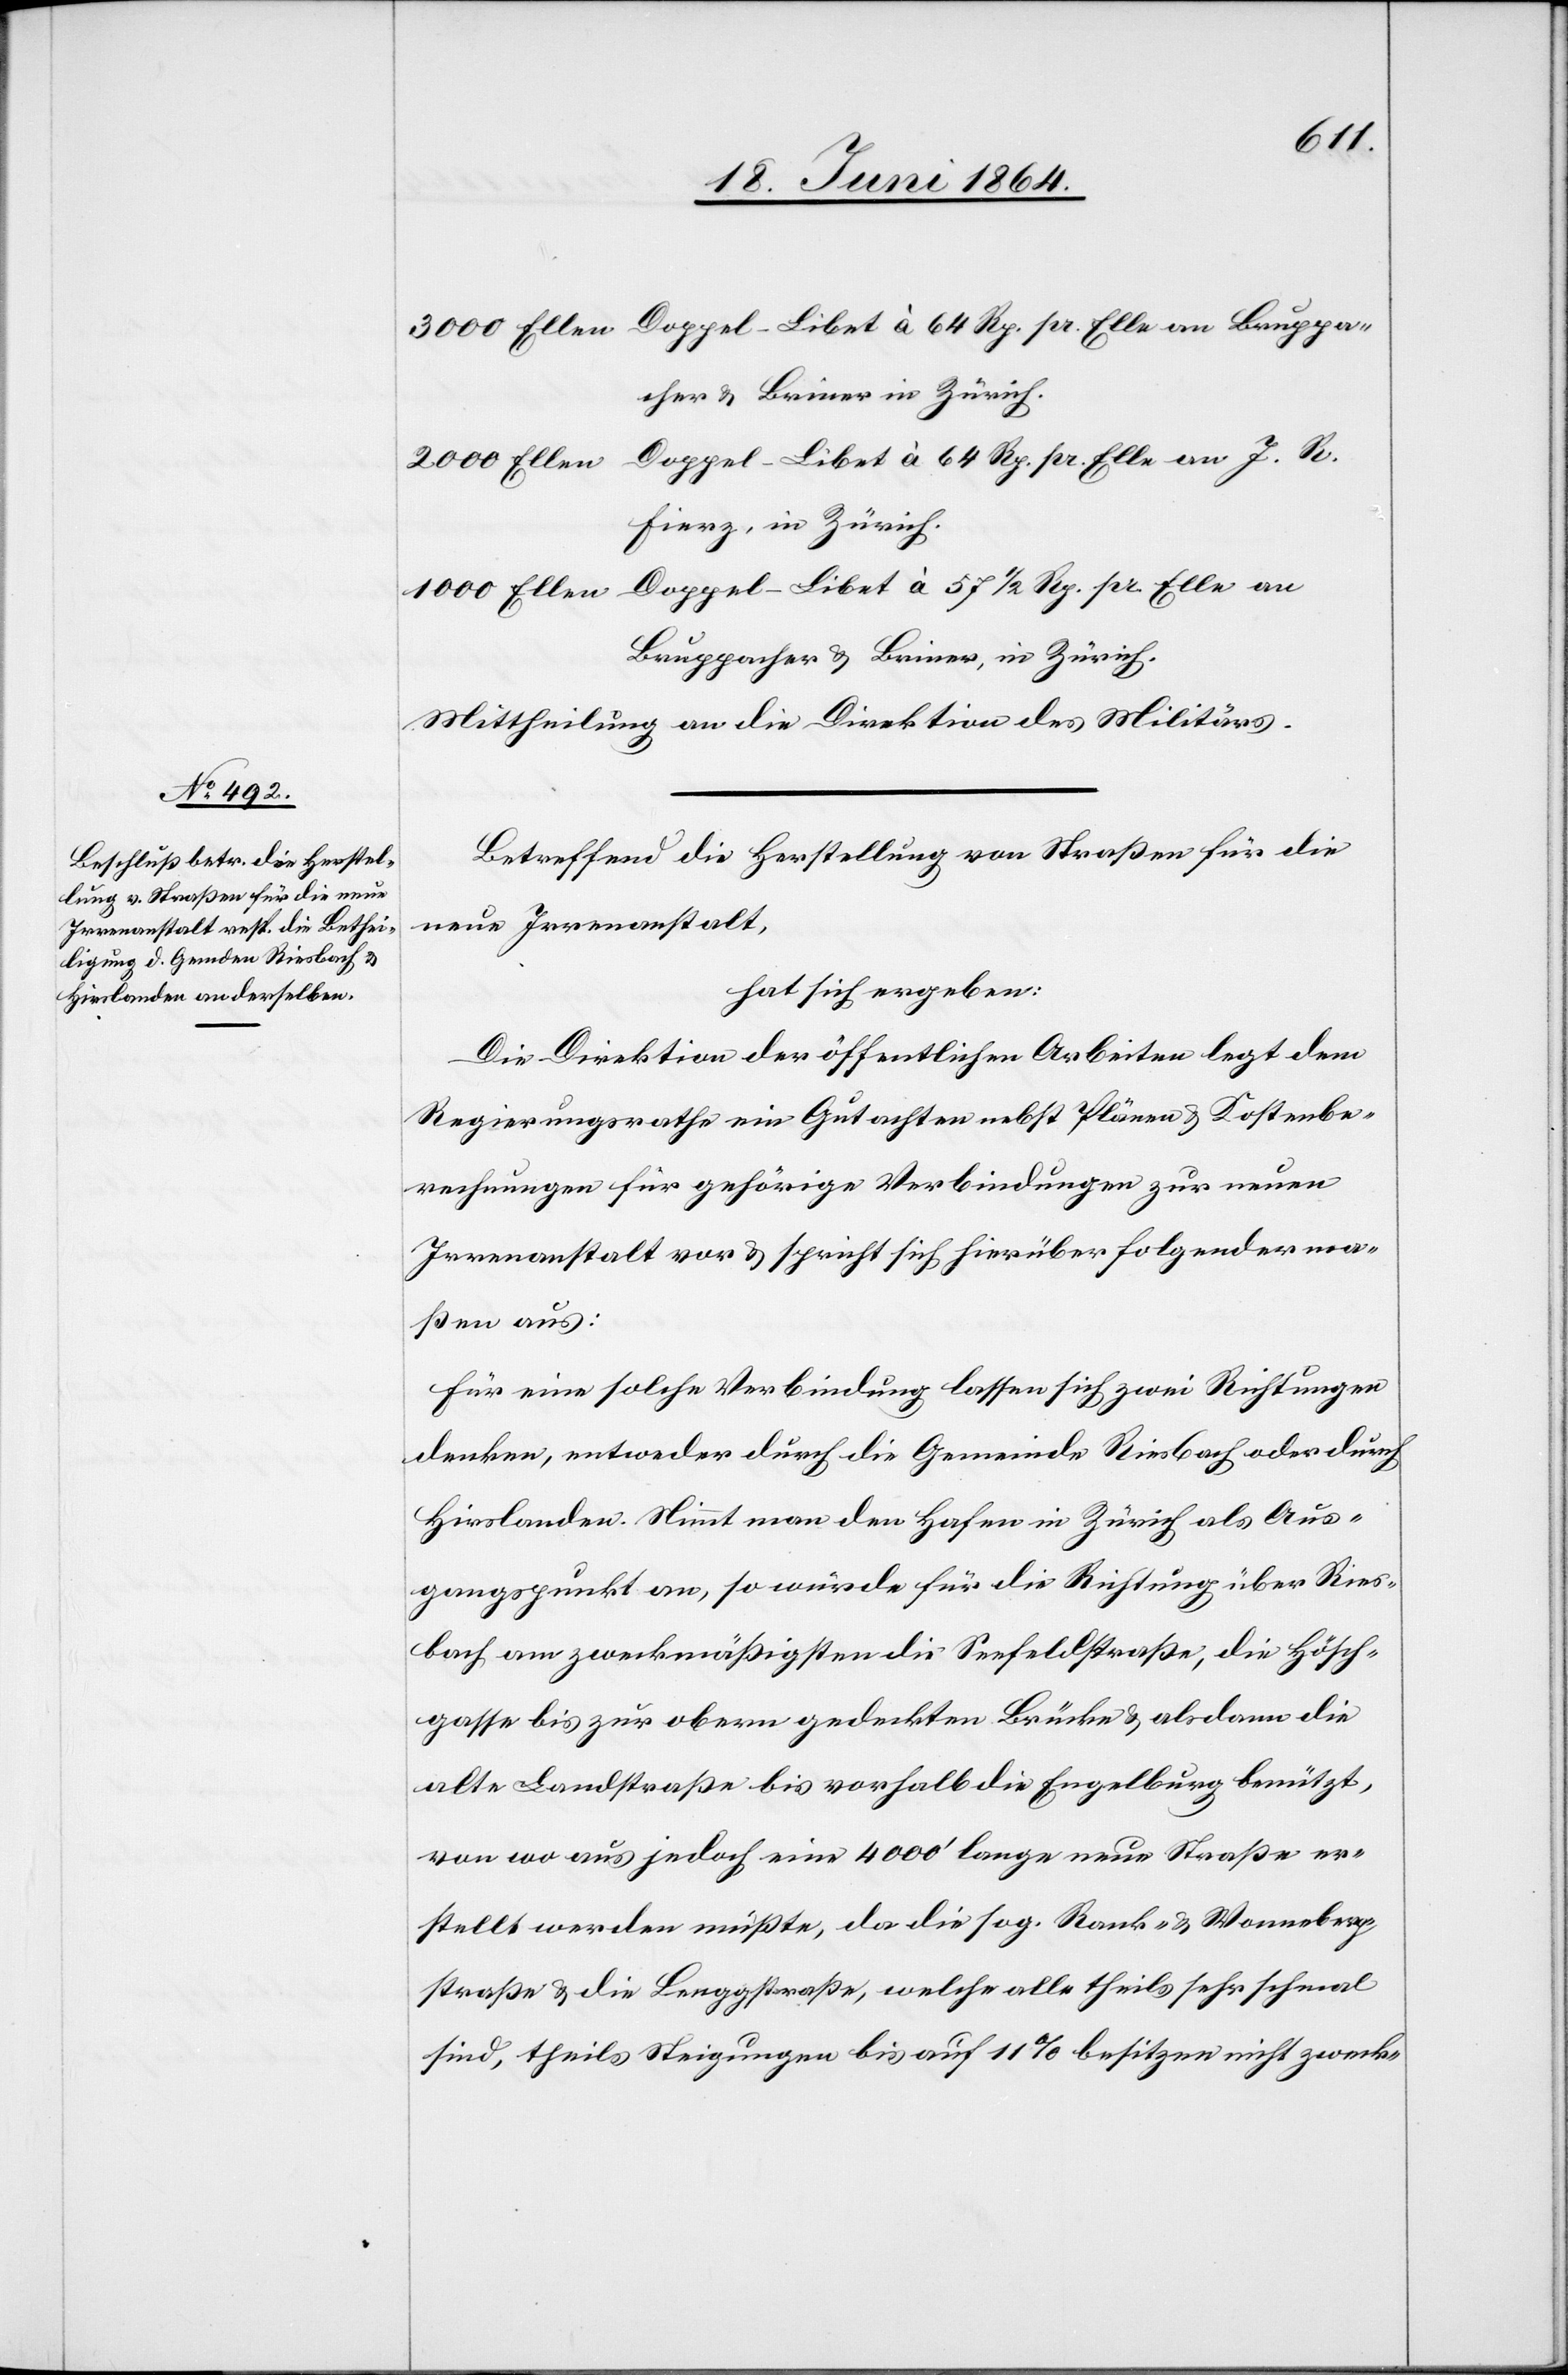
3000 Ellen Doppel-Libet à 64 Rp. pr. Elle an Bruppa¬
cher u. Briner in Zürich.
2000 Ellen Doppel-Libet à 64 Rp. pr. Elle an J. R.
Fierz, in Zürich.
1000 Ellen Doppel-Libet à 57 1/2 Rp. pr. Elle an
Bruppacher u. Briner, in Zürich.
Mittheilung an die Direktion des Militärs.
Betreffend die Herstellung von Straßen für die
neue Irrenanstalt,
hat sich ergeben:
Die Direktion der öffentlichen Arbeiten legt dem
Regierungsrathe ein Gutachten nebst Plänen u. Kostenbe¬
rechnungen für gehörige Verbindungen zur neuen
Irrenanstalt vor u. spricht sich hierüber folgenderma¬
ßen aus:
Für eine solche Verbindung lassen sich zwei Richtungen
denken, entweder durch die Gemeinde Riesbach oder durch
Hirslanden. Nimmt man den Hafen in Zürich als Aus¬
gangspunkt an, so würde für die Richtung über Ries¬
bach am zweckmäßigsten die Seefeldstraße, die Hösch¬
gasse bis zur obern gedeckten Brücke u. alsdann die
alte Landstraße bis vorhalb die Engelburg benützt,
von wo aus jedoch eine 4000’ lange neue Straße er¬
stellt werden müßte, da die sog. Rank- u. Wonneberg¬
straße u. die Lenggstraße, welche alle theils sehr schmal
sind, theils Steigungen bis auf 11% besitzen nicht zweck-